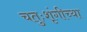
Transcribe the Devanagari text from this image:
चतुःशृंगीच्या